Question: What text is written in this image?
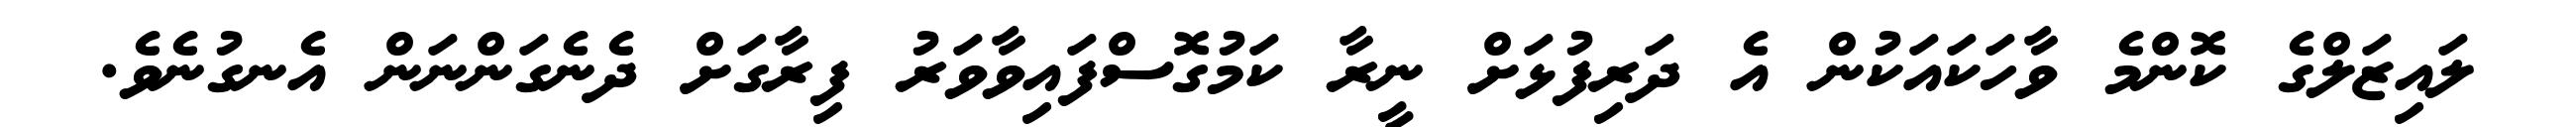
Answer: ލައިޒަލްގެ ކޮންމެ ވާހަކައަކުން އެ ދަރިފުޅަށް ނީރާ ކަމުގޮސްފައިވާވަރު ފިރާގަށް ދެނެގަންނަން އެނގުނެވެ.